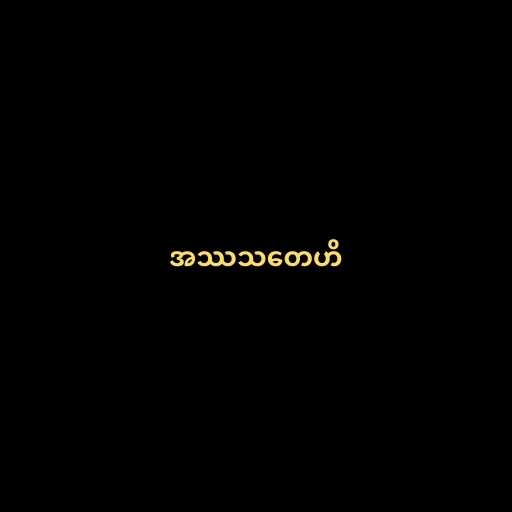
အဿသတေဟိ